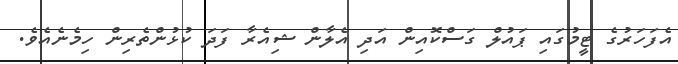
އެފަހަރުގެ ޓީމުގައި ޕައުލް ގަސްކޮއިން އަދި އެލާން ޝިއެރާ ފަދަ ކުޅުންތެރިން ހިމެނެއެވެ.